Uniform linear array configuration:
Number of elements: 8
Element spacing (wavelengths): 0.75
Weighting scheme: cosine
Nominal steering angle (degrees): -15
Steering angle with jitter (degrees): -13.126
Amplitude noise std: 0.05
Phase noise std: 0.05

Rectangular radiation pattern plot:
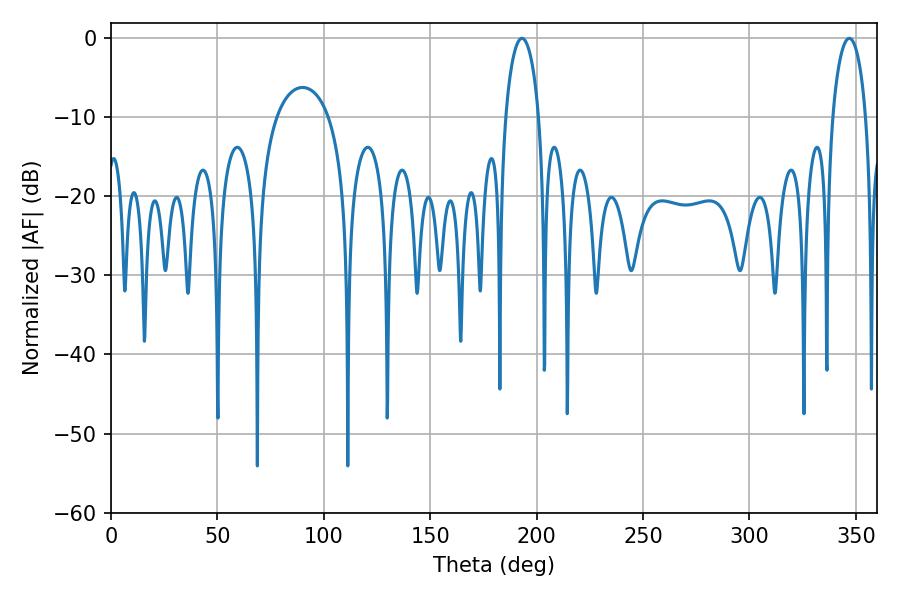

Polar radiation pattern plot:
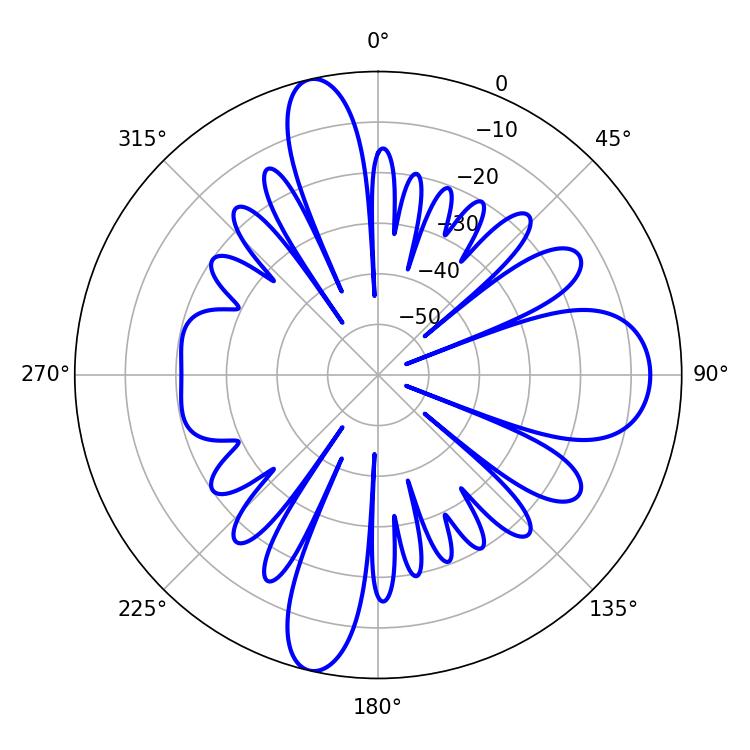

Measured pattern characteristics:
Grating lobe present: TRUE
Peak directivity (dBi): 20.472
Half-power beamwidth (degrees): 9
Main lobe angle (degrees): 193.14